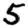
Digit: 5